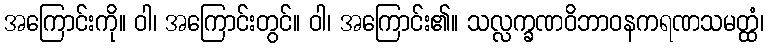
အကြောင်းကို။ ဝါ၊ အကြောင်းတွင်။ ဝါ၊ အကြောင်း၏။ သလ္လက္ခဏဝိဘာဝနကရဏသမတ္ထံ၊